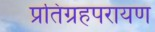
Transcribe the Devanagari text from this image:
प्रतिग्रहपरायण